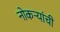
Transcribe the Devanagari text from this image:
नोकर्‍यांची